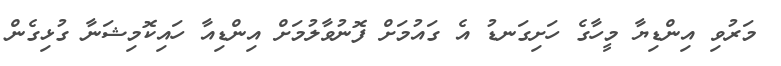
މަރުވި އިންޑިޔާ މީހާގެ ހަށިގަނޑު އެ ގައުމަށް ފޮނުވާލުމަށް އިންޑިއާ ހައިކޮމިޝަނާ ގުޅިގެން